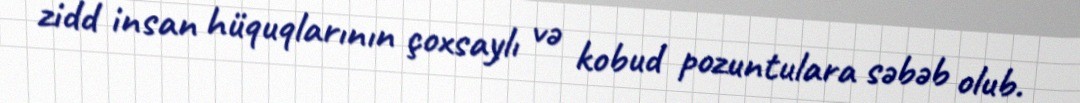
zidd insan hüquqlarının çoxsaylı və kobud pozuntulara səbəb olub.